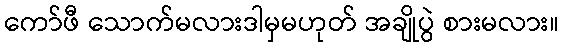
ကော်ဖီ သောက်မလားဒါမှမဟုတ် အချိုပွဲ စားမလား။